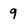
Character: 9